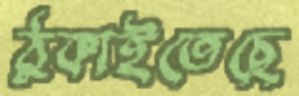
ঠুকাইতেছে